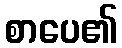
စာပေ၏